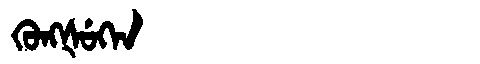
Manchu: ᡴᡠᠩᡧᡠᡴᡝᠨ
Romanization: KUNGŠUKEN